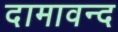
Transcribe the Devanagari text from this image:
दामावन्द